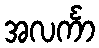
အလင်္ကာ